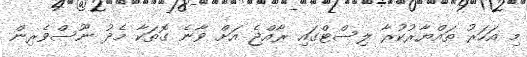
މި އަހަރު ތައްޔާރުކުރާ ލިސްޓްގައި ރާއްޖެ އަށް ވާނެ ގޮތަކާ މެދު ނޫސްވެރިން